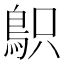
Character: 䳅